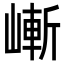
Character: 嶃